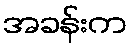
အခန်းက